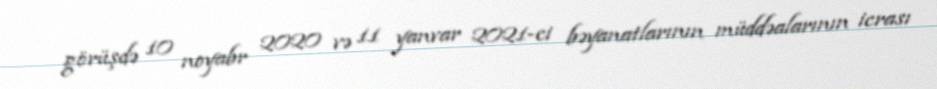
görüşdə 10 noyabr 2020 və 11 yanvar 2021-ci bəyanatlarının müddəalarının icrası